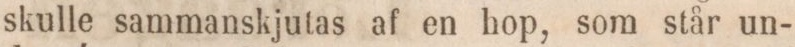
skulle sammanskjutas af en hop, som står un-